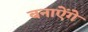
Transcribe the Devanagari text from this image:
बनाऐंगे